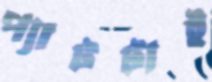
প্যাটটাই